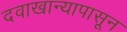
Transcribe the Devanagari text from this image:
दवाखान्यापासून